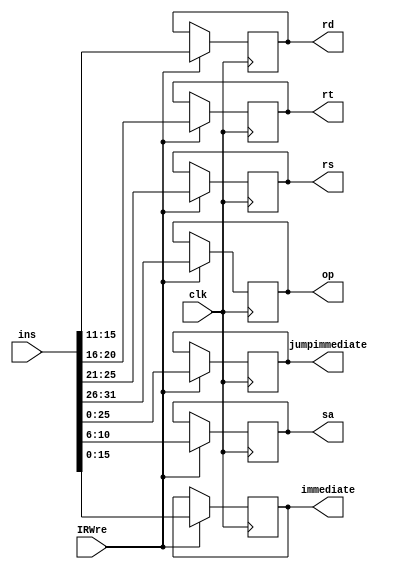
`timescale 1ns / 1ps
//////////////////////////////////////////////////////////////////////////////////
// Company: 
// Engineer: 
// 
// Design Name: 
// Module Name: IR
// Project Name: 
// Target Devices: 
// Tool Versions: 
// Description: 
// 
// Dependencies: 
// 
// Revision:
// Revision 0.01 - File Created
// Additional Comments:
// 
//////////////////////////////////////////////////////////////////////////////////


module IR(clk, ins, IRWre, op, rs, rt, rd, sa, immediate, jumpimmediate);
    input clk,IRWre;
    input[31:0] ins;
    output reg [5:0] op;
    output reg [4:0] rs, rt, rd, sa;
    output reg [15:0] immediate;
    output reg [25:0] jumpimmediate;
    always@(posedge clk) begin
        if(IRWre) begin            //IR
            op = ins [31:26];
            rs = ins [25:21];
            rt = ins [20:16];
            rd = ins [15:11];
            immediate = ins [15:0];
            sa = ins [10:6];
            jumpimmediate = ins [25:0];
        end
    end
endmodule